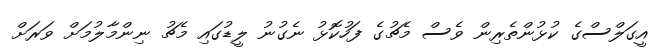
އީގަލްސްގެ ކުޅުންތެރިން ވެސް މެޗުގެ ފަހުކޮޅު ނެގުނު ލީޑުގައި މެޗު ނިންމާލުމަށް ވަރަށް